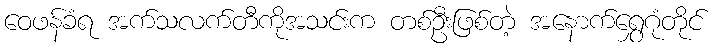
ဝေဖန်ခံရ အက်သလက်တီကိုအသင်းက တစ်ဦးဖြစ်တဲ့ အနောက်ရွှေဂုံတိုင်